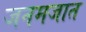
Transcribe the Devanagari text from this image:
जनमजात